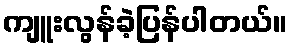
ကျူးလွန်ခဲ့ပြန်ပါတယ်။